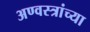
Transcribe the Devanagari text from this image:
अण्वस्त्रांच्या